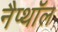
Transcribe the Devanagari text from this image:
नैप्थॉल